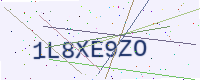
Text: 1L8XE9ZO